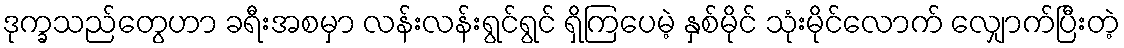
ဒုက္ခသည်တွေဟာ ခရီးအစမှာ လန်းလန်းရွင်ရွင် ရှိကြပေမဲ့ နှစ်မိုင် သုံးမိုင်လောက် လျှောက်ပြီးတဲ့